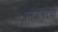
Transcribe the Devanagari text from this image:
अमळनेरचा